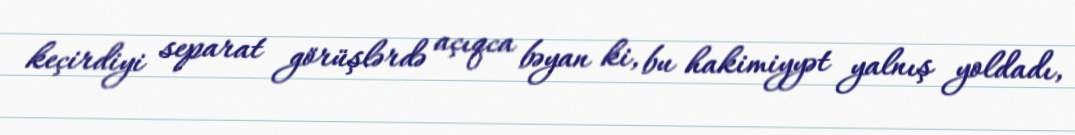
keçirdiyi separat görüşlərdə açıqca bəyan ki, bu hakimiyyət yalnış yoldadı,